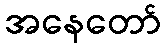
အနေတော်